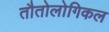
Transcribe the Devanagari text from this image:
तौतोलोगिकल